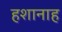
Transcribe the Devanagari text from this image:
हशानाह